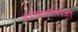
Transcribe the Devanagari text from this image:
साउनटॉलोजी